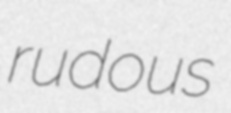
rudous